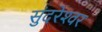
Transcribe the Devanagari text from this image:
सुंदरेश्‍वर